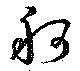
舸